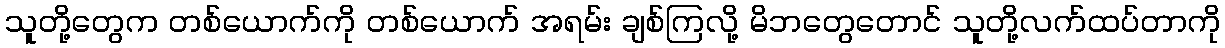
သူတို့တွေက တစ်ယောက်ကို တစ်ယောက် အရမ်း ချစ်ကြလို့ မိဘတွေတောင် သူတို့လက်ထပ်တာကို